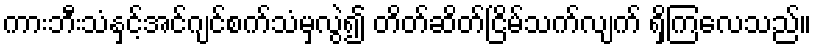
ကားဘီးသံနှင့်အင်ဂျင်စက်သံမှလွဲ၍ တိတ်ဆိတ်ငြိမ်သက်လျက် ရှိကြလေသည်။